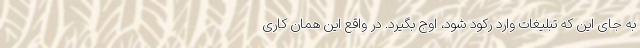
به جای این که تبلیغات وارد رکود شود، اوج بگیرد. در واقع این همان کاری